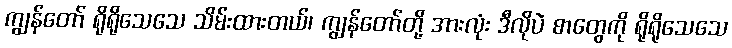
ကျွန်တော် ရိုရိုသေသေ သိမ်းထားတယ်၊ ကျွန်တော်တို့ အားလုံး ဒီလိုပဲ စာတွေကို ရိုရိုသေသေ